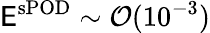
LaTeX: \mathsf{E}^{\mathrm{{sPOD}}}\sim\mathcal{{O}}(10^{-3})